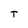
Character: t